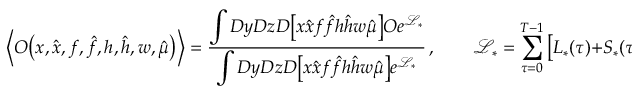
\Big \langle O \big ( x , \hat { x } , f , \hat { f } , h , \hat { h } , w , \hat { \mu } \big ) \Big \rangle = \frac { \displaystyle \int D y D z D \big [ x \hat { x } f \hat { f } h \hat { h } w \hat { \mu } \big ] O e ^ { \mathcal { L } _ { * } } } { \displaystyle \int D y D z D \big [ x \hat { x } f \hat { f } h \hat { h } w \hat { \mu } \big ] e ^ { \mathcal { L } _ { * } } } \, , \qquad \mathcal { L } _ { * } = \sum _ { \tau = 0 } ^ { T - 1 } \big [ L _ { * } ( \tau ) + S _ { * } ( \tau ) \big ]